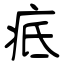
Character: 疷